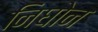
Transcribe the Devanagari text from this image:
निघोन